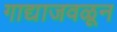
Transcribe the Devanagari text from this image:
गाद्याजवळून